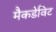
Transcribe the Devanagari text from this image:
मैकडेविट